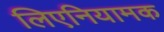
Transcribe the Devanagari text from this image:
लिएनियामक